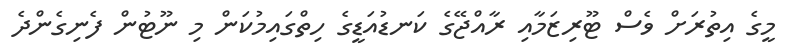
މީގެ އިތުރަށް ވެސް ޓޫރިޒަމާއި ރާއްޖޭގެ ކަނޑުއަޑީގެ ހިތްގައިމުކަން މި ނޫޓުން ފެނިގެންދެ